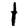
Digit: 1